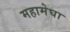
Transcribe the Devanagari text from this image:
महामेघा